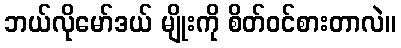
ဘယ်လိုမော်ဒယ် မျိုးကို စိတ်ဝင်စားတာလဲ။